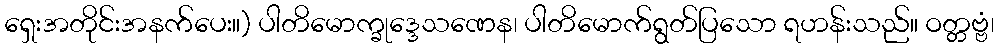
ရှေးအတိုင်းအနက်ပေး။) ပါတိမောက္ခုဒ္ဒေသဏေန၊ ပါတိမောက်ရွတ်ပြသော ရဟန်းသည်။ ဝတ္တဗ္ဗံ၊